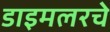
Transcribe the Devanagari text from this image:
डाइमलरचे